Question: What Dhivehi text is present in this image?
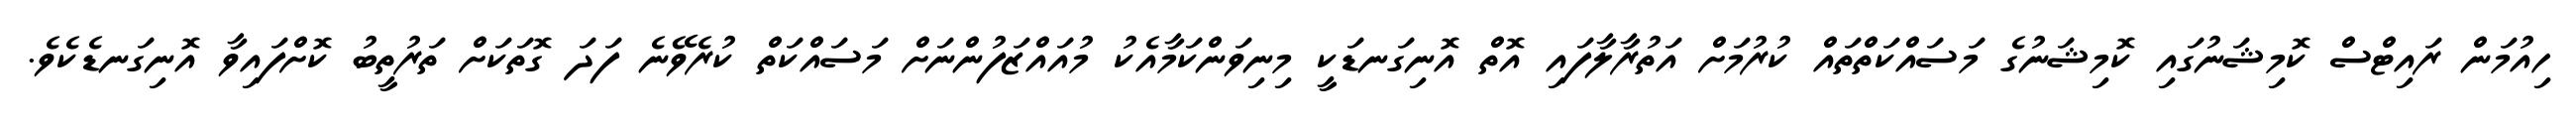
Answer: ހިއުމަން ރައިޓްސް ކޮމިޝަނުގައި ކޮމިޝަނުގެ މަސައްކަތްތައް ކުރުމަށް އަތުރާލާފައި އޮތް އޮނިގަނޑަކީ މިނިވަންކަމާއެކު މުއައްޒަފުންނަށް މަސައްކަތް ކުރެވޭނެ ފަދަ ގޮތަކަށް ތަރުތީބު ކޮށްފައިވާ އޮނިގަނޑެކެވެ.